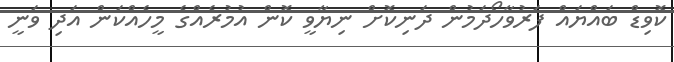
ކޮވިޑް ބައްޔައް ފަރުވާހޯދަމުން ދަނިކޮށް ނިޔާވީ ކޮން އުމުރެއްގެ މީހެއްކަން އަދި ވަނީ